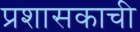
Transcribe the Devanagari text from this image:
प्रशासकाची